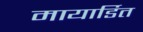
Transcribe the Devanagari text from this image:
मायार्डित